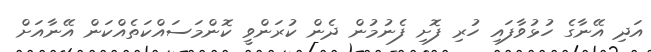
އަދި އޭނާގެ ހުޅުވާފައި ހުރި ފޮށި ފެނުމުން ދެން ކުރަންވީ ކޮންމަސައްކަތެއްކަން އޭނާއަށް